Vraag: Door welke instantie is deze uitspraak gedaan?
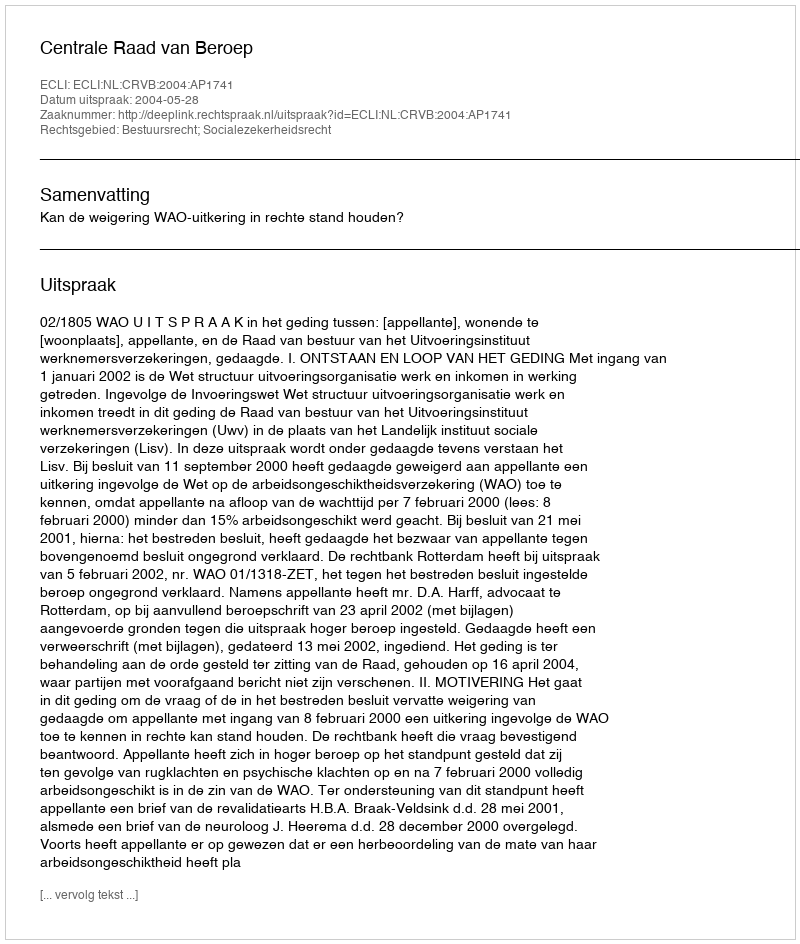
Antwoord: Centrale Raad van Beroep